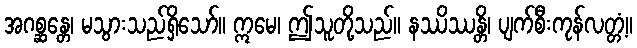
အဂစ္ဆန္တေ၊ မသွားသည်ရှိသော်။ ဣမေ၊ ဤသူတို့သည်။ နဿိဿန္တိ၊ ပျက်စီးကုန်လတ္တံ့။